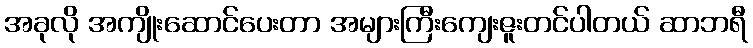
အခုလို အကျိုးဆောင်ပေးတာ အများကြီးကျေးဇူးတင်ပါတယ် ဆာဘရီ